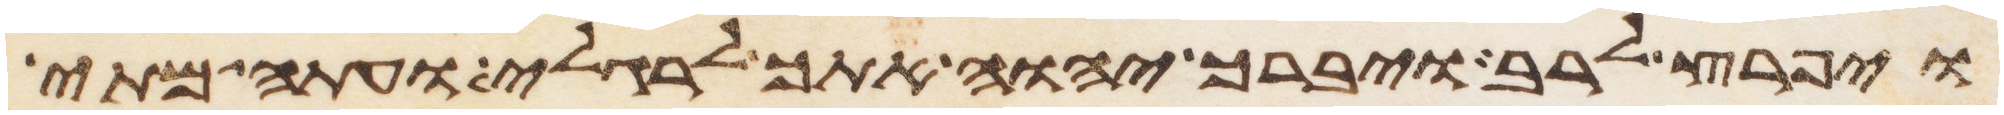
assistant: ויפרץ לרב ויברך יהוה אתך לרגלי ועתה מתי